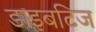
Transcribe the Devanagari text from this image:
डाइबटिज